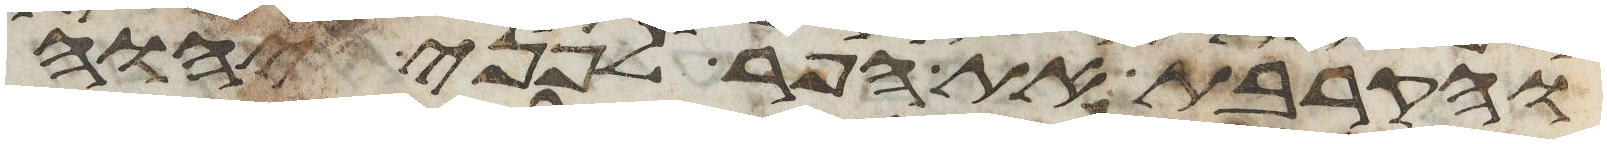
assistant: והקרבת את הפר לפני יהוה